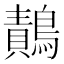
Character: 𪄸